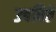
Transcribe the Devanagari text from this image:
उबविते